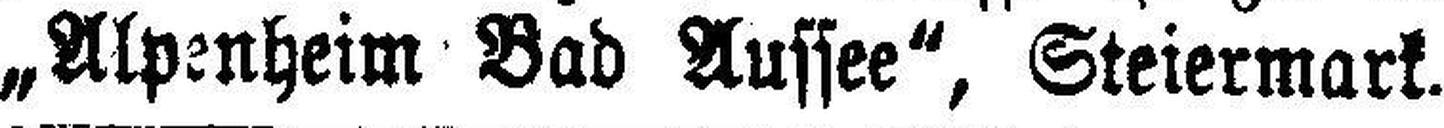
„Alpenheim Bad Aussee“, Steiermark.